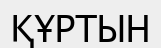
ҚҰРТЫН